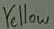
Text: Yellow